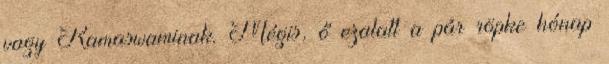
vagy Ramaswaminak. Mégis, ő ezalatt a pár röpke hónap